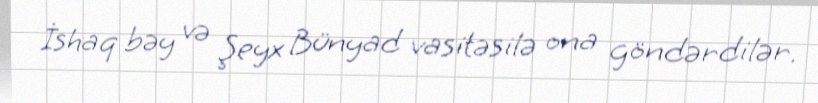
İshaq bəy və Şeyx Bünyad vasitəsilə ona göndərdilər.